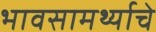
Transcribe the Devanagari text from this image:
भावसामर्थ्याचे